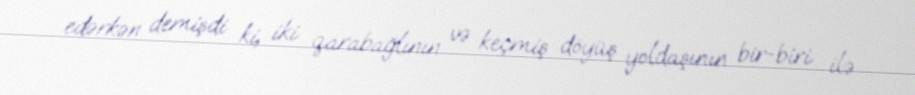
edərkən demişdi ki, iki qarabağlının və keçmiş döyüş yoldaşının bir-biri ilə